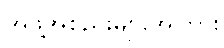
အဖွဲ့အစည်းများအကြား